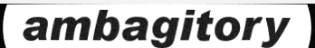
ambagitory